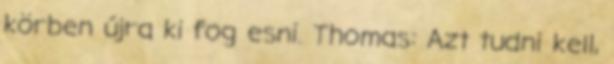
körben újra ki fog esni. Thomas: Azt tudni kell,